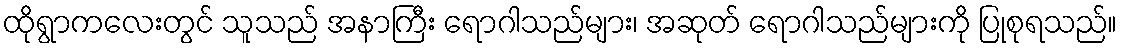
ထိုရွာကလေးတွင် သူသည် အနာကြီး ရောဂါသည်များ၊ အဆုတ် ရောဂါသည်များကို ပြုစုရသည်။